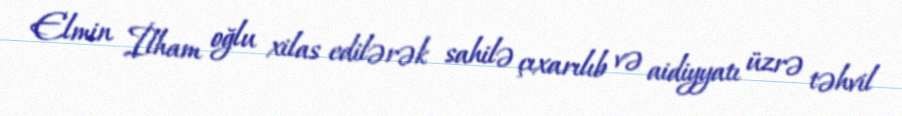
Elmin İlham oğlu xilas edilərək sahilə çıxarılıb və aidiyyatı üzrə təhvil